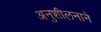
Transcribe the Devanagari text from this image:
अनुशीलनाने